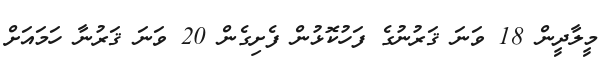
މީލާދީން 18 ވަނަ ޤަރުނުގެ ފަހުކޮޅުން ފެށިގެން 20 ވަނަ ޤަރުނާ ހަމައަށް